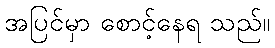
အပြင်မှာ စောင့်နေရ သည်။